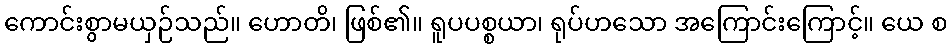
ကောင်းစွာမယှဉ်သည်။ ဟောတိ၊ ဖြစ်၏။ ရူပပစ္စယာ၊ ရုပ်ဟသော အကြောင်းကြောင့်။ ယေ စ